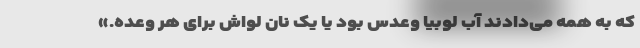
که به همه می‌دادند آب لوبیا وعدس بود یا یک نان لواش برای هر وعده.»